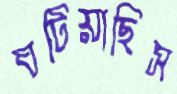
ঘটিয়াছিস